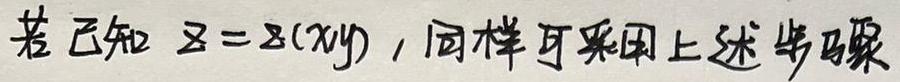
若已知 $z = z(xy)$，同样可采用上述步骤